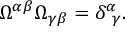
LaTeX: \Omega ^ { \alpha \beta } \Omega _ { \gamma \beta } = \delta _ { ~ \gamma } ^ { \alpha } .